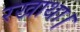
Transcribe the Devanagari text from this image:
रखाथा।